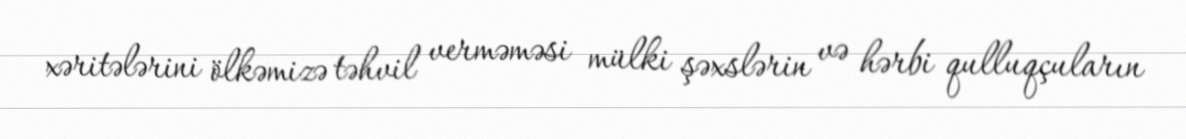
xəritələrini ölkəmizə təhvil verməməsi mülki şəxslərin və hərbi qulluqçuların